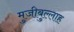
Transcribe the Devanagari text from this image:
मुजीबुल्लाह